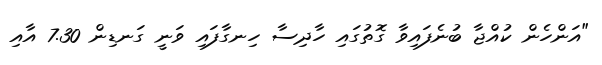
"އަންހެން ކުއްޖާ ބުނެފައިވާ ގޮތުގައި ހާދިސާ ހިނގާފައި ވަނީ ގަނޑިން 7.30 އާއި